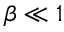
\beta \ll 1